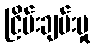
ငြိမ်းချမ်းမှု